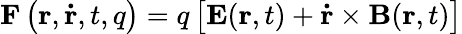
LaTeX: \mathbf{F}\left(\mathbf{r},\mathbf{\dot{r}},t,q\right)=q\left[\mathbf{E}(\mathbf{r},t)+\mathbf{\dot{r}}\times\mathbf{B}(\mathbf{r},t)\right]